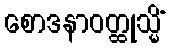
စောဒနာဝတ္ထုသ္မိံ